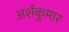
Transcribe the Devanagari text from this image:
अर्शकुमार